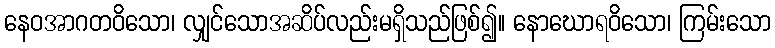
နေဝအာဂတဝိသော၊ လျှင်သောအဆိပ်လည်းမရှိသည်ဖြစ်၍။ နောဃောရဝိသော၊ ကြမ်းသော